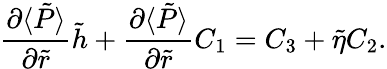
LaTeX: \frac{\partial\langle\tilde{P}\rangle}{\partial\tilde{r}}\tilde{h}+\frac{\partial\langle\tilde{P}\rangle}{\partial\tilde{r}}C_{1}=C_{3}+\tilde{\eta}C_{2}.